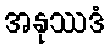
အနုဿဒံ